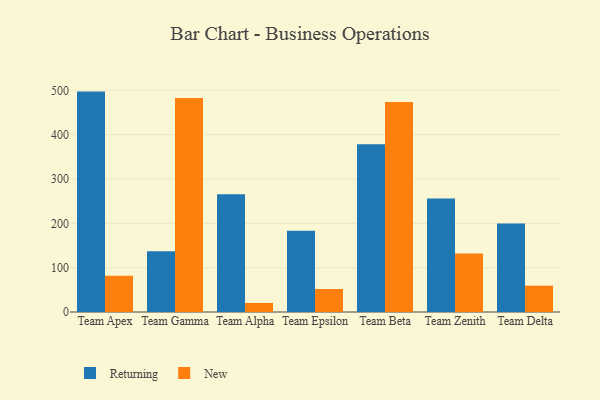
{"axis": {"x": "Team", "y": "Market Share (%)"}, "legend": ["New", "Returning"], "data": [{"x": "Team Apex", "y": 497.2, "type": "Returning"}, {"x": "Team Apex", "y": 81.7, "type": "New"}, {"x": "Team Gamma", "y": 136.9, "type": "Returning"}, {"x": "Team Gamma", "y": 482.6, "type": "New"}, {"x": "Team Alpha", "y": 265.5, "type": "Returning"}, {"x": "Team Alpha", "y": 20.4, "type": "New"}, {"x": "Team Epsilon", "y": 183.1, "type": "Returning"}, {"x": "Team Epsilon", "y": 51.9, "type": "New"}, {"x": "Team Beta", "y": 378.4, "type": "Returning"}, {"x": "Team Beta", "y": 473.7, "type": "New"}, {"x": "Team Zenith", "y": 256.1, "type": "Returning"}, {"x": "Team Zenith", "y": 131.7, "type": "New"}, {"x": "Team Delta", "y": 199.6, "type": "Returning"}, {"x": "Team Delta", "y": 59.4, "type": "New"}]}